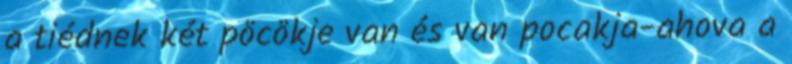
a tiédnek két pöcökje van és van pocakja-ahova a